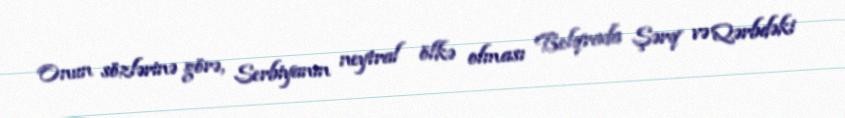
Onun sözlərinə görə, Serbiyanın neytral ölkə olması Belqrada Şərq və Qərbdəki